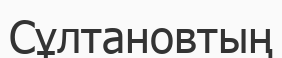
Сұлтановтың